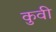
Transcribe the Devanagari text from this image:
कुवी